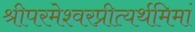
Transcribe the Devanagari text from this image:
श्रीपरमेश्वरप्रीत्यर्थमिमां